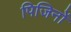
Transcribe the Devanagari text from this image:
पिजिनों